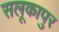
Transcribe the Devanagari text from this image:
सलूकापुर